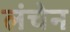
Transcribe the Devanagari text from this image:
लंचेन